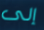
إلى